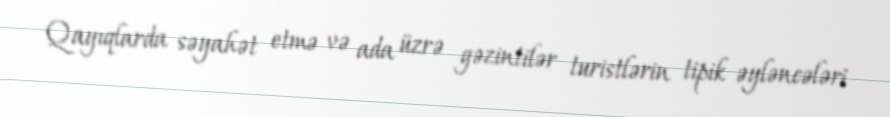
Qayıqlarda səyahət etmə və ada üzrə gəzintilər turistlərin tipik əyləncələri